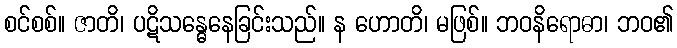
စင်စစ်။ ဇာတိ၊ ပဋိသန္ဓေနေခြင်းသည်။ န ဟောတိ၊ မဖြစ်။ ဘဝနိရောဓာ၊ ဘဝ၏